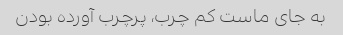
به جای ماست کم چرب، پرچرب آورده بودن